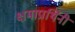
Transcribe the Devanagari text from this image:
क्षमाप्रार्थिनी